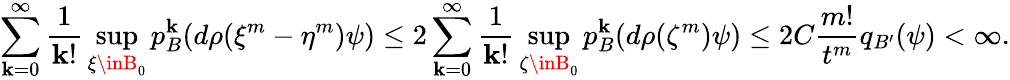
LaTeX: \sum_{\mathbf{k}=0}^{\infty}{\frac{{1}}{{\mathbf{k}!}}}\operatorname*{sup}_{\xi\inB_{0}}p_{B}^{\mathbf{k}}(d\rho(\xi^{m}-\eta^{m})\psi)\leq2\sum_{\mathbf{k}=0}^{\infty}{\frac{{1}}{{\mathbf{k}!}}}\operatorname*{sup}_{\zeta\inB_{0}}p_{B}^{\mathbf{k}}(d\rho(\zeta^{m})\psi)\leq2C{\frac{{m!}}{{t^{m}}}}q_{B^{\prime}}(\psi)<\infty.